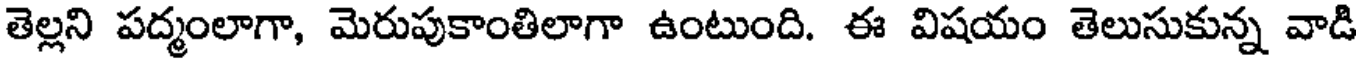
తెల్లని పద్మంలాగా, మెరుపుకాంతిలాగా ఉంటుంది. ఈ విషయం తెలుసుకున్న వాడి